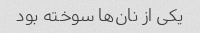
یکی از نان‌ها سوخته بود